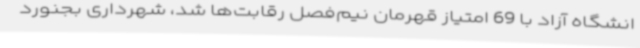
انشگاه آزاد با 69 امتیاز قهرمان نیم‌فصل رقابت‌ها شد، شهرداری بجنورد